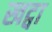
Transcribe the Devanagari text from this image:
खट्वा